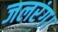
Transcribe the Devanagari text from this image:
जलरंग।